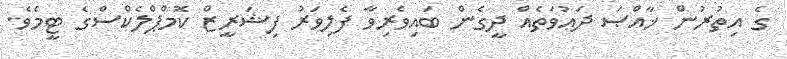
ގެ އިތުރުން ޚާއްޞަ ދަޢުވަތެއް ދީގެން ބައިވެރިވާ ފެލިވަރު ފިޝަރީޒް ކޮމްޕްލެކްސްގެ ޓީމެވެ.